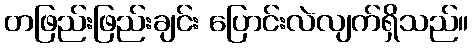
တဖြည်းဖြည်းချင်း ပြောင်းလဲလျက်ရှိသည်။